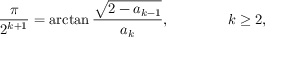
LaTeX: { \frac { \pi } { 2 ^ { k + 1 } } } = \arctan { \frac { \sqrt { 2 - a _ { k - 1 } } } { a _ { k } } } , \qquad \qquad k \geq 2 ,